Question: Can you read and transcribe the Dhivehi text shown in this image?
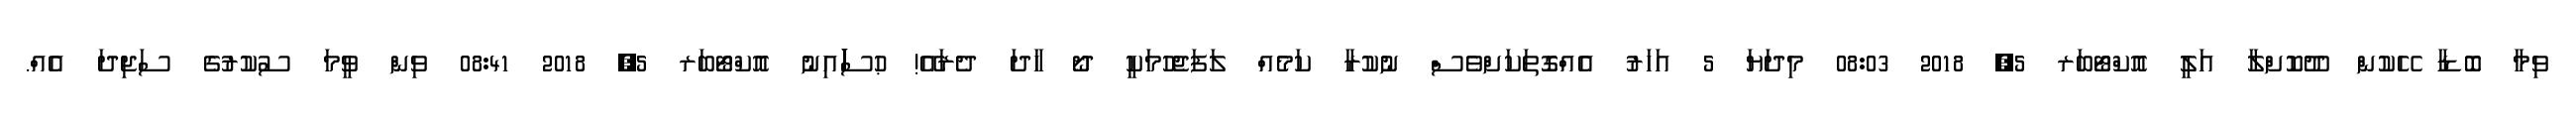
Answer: ވިމާ ބޮޑާ ހޭކުން ދޫކޮށްލާ އަލީ އޮކްޓޯބަރ 5, 2018 08:03 މިދަޔަ 5 އަހަރު އެއްގޮތަކަށްވެސް ނުކުރާ ކަމެއް ލަފަޖެހުމަކީ ދޯ ހާދަ ދެރައޭ! ޙުސަަަަަަަައިނު އޮކްޓޯބަރ 5, 2018 08:41 ވިން ވީމަ ސުކުރުގެ ސަޖިދަ އެއް.